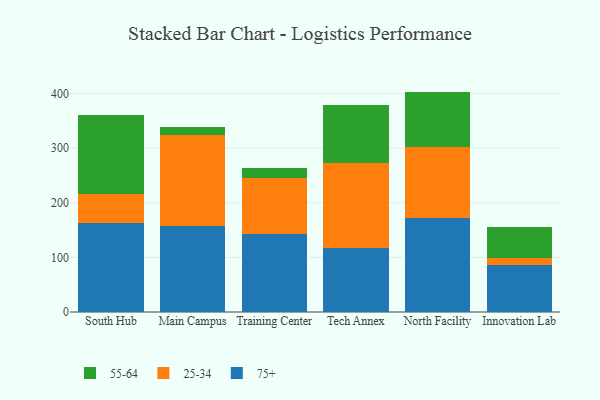
{"axis": {"x": "Campus", "y": "Net Income (USD K)"}, "legend": ["25-34", "55-64", "75+"], "data": [{"x": "South Hub", "y": 163.2, "type": "75+"}, {"x": "South Hub", "y": 52.7, "type": "25-34"}, {"x": "South Hub", "y": 145.1, "type": "55-64"}, {"x": "Main Campus", "y": 158.3, "type": "75+"}, {"x": "Main Campus", "y": 165.2, "type": "25-34"}, {"x": "Main Campus", "y": 15.3, "type": "55-64"}, {"x": "Training Center", "y": 142.6, "type": "75+"}, {"x": "Training Center", "y": 103.4, "type": "25-34"}, {"x": "Training Center", "y": 17.6, "type": "55-64"}, {"x": "Tech Annex", "y": 117.2, "type": "75+"}, {"x": "Tech Annex", "y": 155.9, "type": "25-34"}, {"x": "Tech Annex", "y": 105.9, "type": "55-64"}, {"x": "North Facility", "y": 172.8, "type": "75+"}, {"x": "North Facility", "y": 128.7, "type": "25-34"}, {"x": "North Facility", "y": 102.1, "type": "55-64"}, {"x": "Innovation Lab", "y": 85.8, "type": "75+"}, {"x": "Innovation Lab", "y": 13.6, "type": "25-34"}, {"x": "Innovation Lab", "y": 56.7, "type": "55-64"}]}